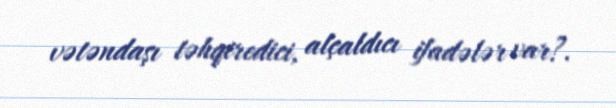
vətəndaşı təhqiredici, alçaldıcı ifadələr var?.